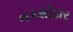
નકશીદાર